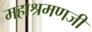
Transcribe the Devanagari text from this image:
महाश्रमणजी